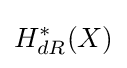
H_{dR}^{*}(X)